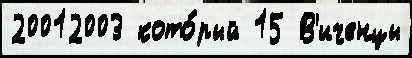
20012003 кото́рый 15 В'иченцы